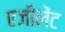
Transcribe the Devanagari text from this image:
एजीलेंट